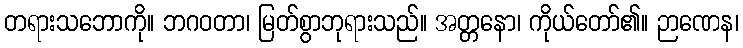
တရားသဘောကို။ ဘဂဝတာ၊ မြတ်စွာဘုရားသည်။ အတ္တနော၊ ကိုယ်တော်၏။ ဉာဏေန၊